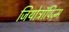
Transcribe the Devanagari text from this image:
जियोट्रॉपिज़्म